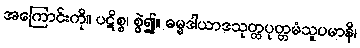
အကြောင်းကို။ ပဋိစ္စ၊ စွဲ၍။ ဓမ္မဒါယာဒသုတ္တပုတ္တမံသူပမာနိ၊